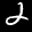
Label: 2